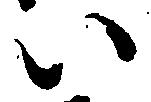
い